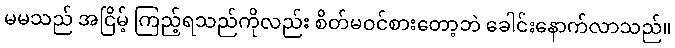
မမသည် အငြိမ့် ကြည့်ရသည်ကိုလည်း စိတ်မဝင်စားတော့ဘဲ ခေါင်းနောက်လာသည်။